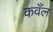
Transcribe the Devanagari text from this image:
कवँल